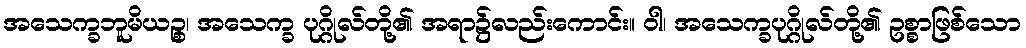
အသေက္ခဘူမိယဉ္စ၊ အသေက္ခ ပုဂ္ဂိုလ်တို့၏ အရာ၌လည်းကောင်း။ ဝါ၊ အသေက္ခပုဂ္ဂိုလ်တို့၏ ဥစ္စာဖြစ်သော